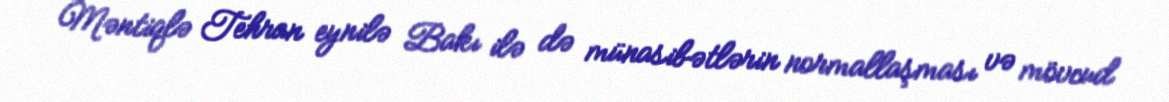
Məntiqlə Tehran eynilə Bakı ilə də münasibətlərin normallaşması və mövcud